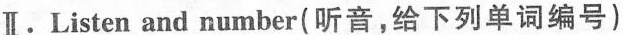
Ⅱ·Listen and number(听音,给下列单词编号）